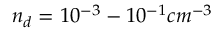
n _ { d } = 1 0 ^ { - 3 } - 1 0 ^ { - 1 } c m ^ { - 3 }